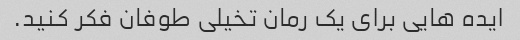
ایده هایی برای یک رمان تخیلی طوفان فکر کنید.